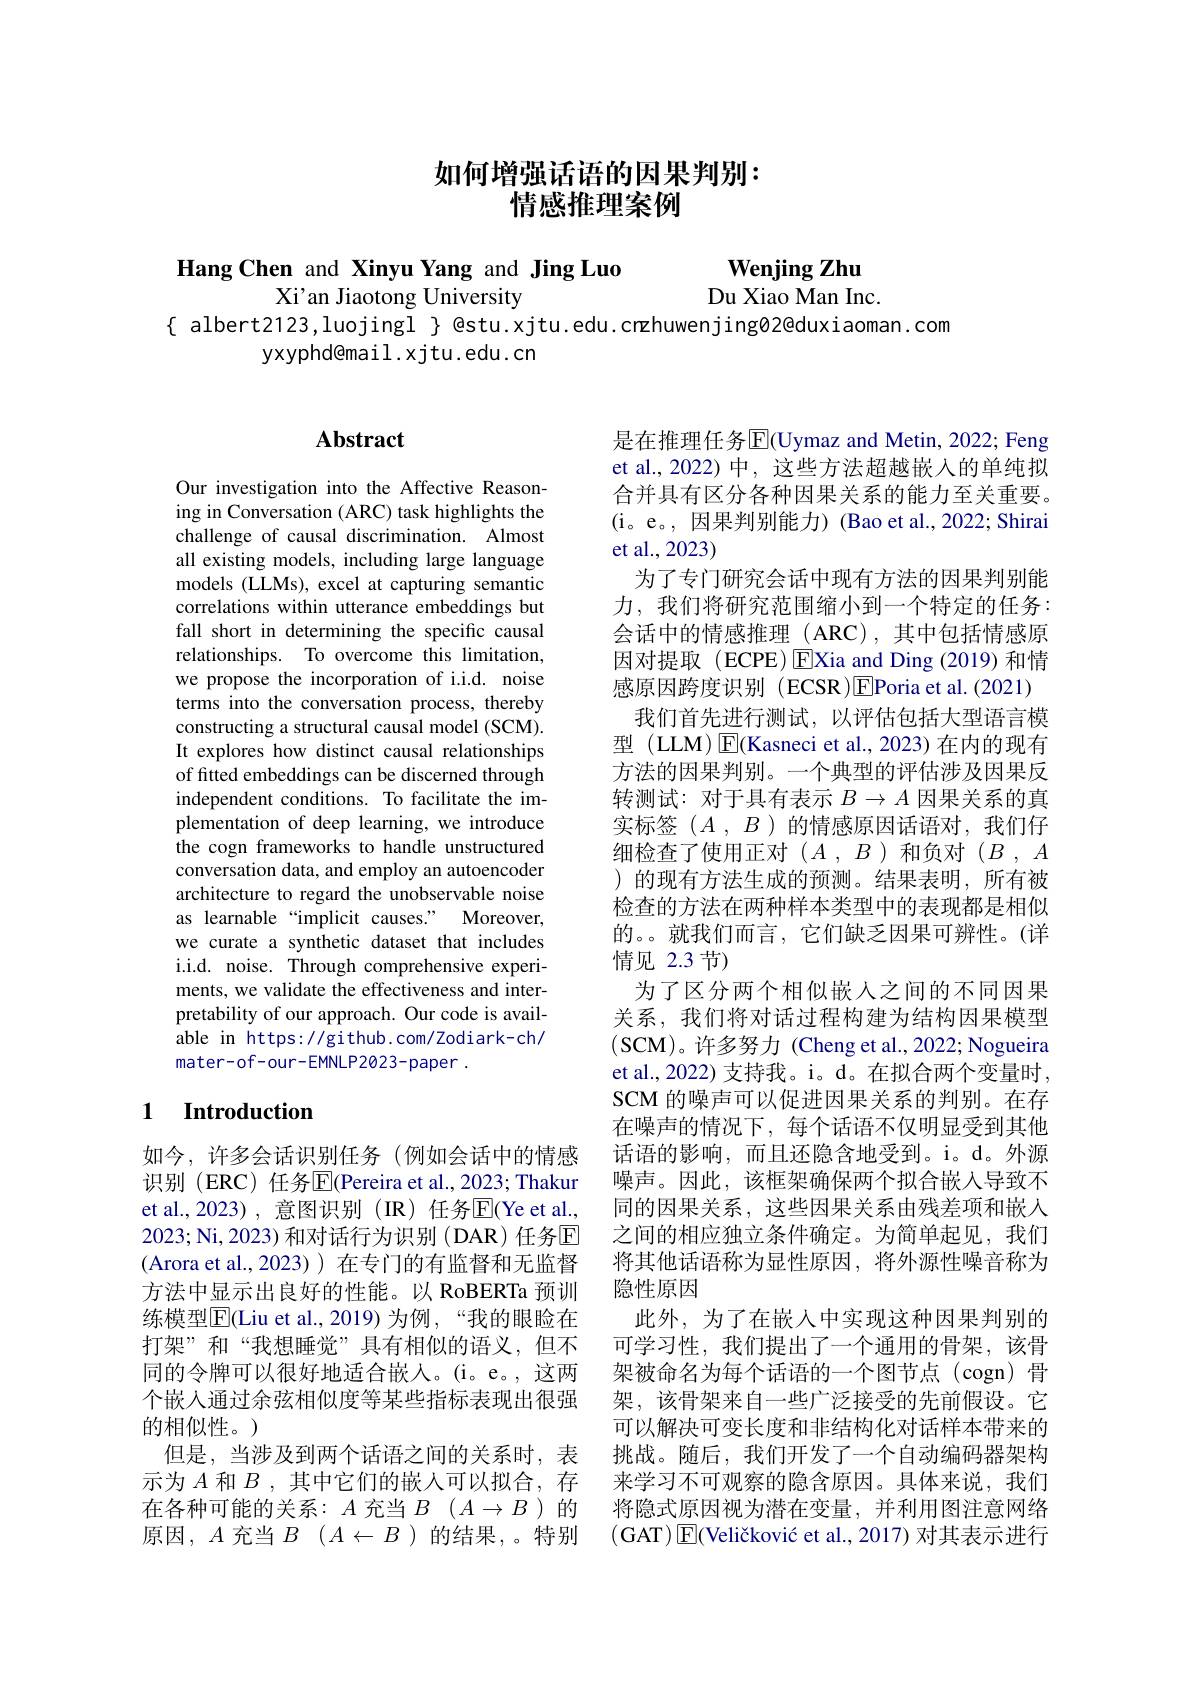
# 如何增强话语的因果判别： 情感推理案例

Wenjing Zhu

Hang Chen and Xinyu Yang and Jing Luo
# Xi'an Jiaotong University

Du Xiao Man Inc.
$\{$ albert2123,luojingl $\}$ @stu.xjtu.edu.crzhuwenjingØ2@duxiaoman.com
yxyphd@mail.xjtu.edu.cn

## Abstract

Our investigation into the Affective Reasoning in Conversation (ARC) task highlights the challenge of causal discrimination. Almost all existing models, including large language models (LLMs), excel at capturing semantic correlations within utterance embeddings but fall short in determining the specific causal relationships. To overcome this limitation, we propose the incorporation of i.i.d. noise terms into the conversation process, thereby constructing a structural causal model (SCM). It explores how distinct causal relationships of fitted embeddings can be discerned through independent conditions. To facilitate the implementation of deep learning, we introduce the cogn frameworks to handle unstructured conversation data, and employ an autoencoder architecture to regard the unobservable noise as learnable “implicit causes.” Moreover, we curate a synthetic dataset that includes i.i.d. noise. Through comprehensive experiments, we validate the effectiveness and interpretability of our approach. Our code is available in https://github.com/Zodiark-ch/ mater-of-our-EMNLP2023-paper.

### 1 $\textbf{Introduction}$

如今，许多会话识别任务(例如会话中的情感识别 (ERC) 任务$\overline{\mathrm{E}}($Pereira et al.,2023;Thakur et al., 2023) , 意图识别 (IR) 任务$\overline{\mathrm{E}}($Ye et al. 2023;Ni,2023)和对话行为识别(DAR)任务☑ (Arora et al.,2023))在专门的有监督和无监督方法中显示出良好的性能。以 RoBERTa 预训练模型$\overline{\mathrm{E}}($Liu et al.,2019)为例，“我的眼睑在打架”和“我想睡觉”具有相似的语义，但不同的令牌可以很好地适合嵌入。(i。e。,这两个嵌人通过余弦相似度等某些指标表现出很强的相似性。)
但是，当涉及到两个话语之间的关系时，表示为$A$ 和$B$ ,其中它们的嵌入可以拟合，存在各种可能的关系：$A$充当$B$ $( A\to B$ )的原因，$A$充当$B(A\leftarrow B)$的结果，。特别

是在推理任务$\overline{\mathrm{E}}$(Uymaz and Metin, 2022; Feng et al.,2022)中，这些方法超越嵌入的单纯拟合并具有区分各种因果关系的能力至关重要。(i。e。,因果判别能力) (Bao et al.,2022; Shirai et al., 2023)
为了专门研究会话中现有方法的因果判别能力，我们将研究范围缩小到一个特定的任务： 会话中的情感推理(ARC),其中包括情感原因对提取(ECPE)EXia and Ding(2019)和情感原因跨度识别 (ECSR)EPoria et al.(2021)
我们首先进行测试，以评估包括大型语言模型 (LLM) $\operatorname{E}($Kasneci et al.,2023) 在内的现有方法的因果判别。一个典型的评估涉及因果反转测试：对于具有表示$B\to A$因果关系的真实标签$( A$ , $B$ )的情感原因话语对，我们仔细检查了使用正对($A,B$)和负对($B,A$ )的现有方法生成的预测。结果表明，所有被检查的方法在两种样本类型中的表现都是相似的。。就我们而言，它们缺乏因果可辨性。(详情见 2.3 节)
为了区分两个相似嵌人之间的不同因果关系，我们将对话过程构建为结构因果模型(SCM)。许多努力 (Cheng et al., 2022; Nogueira et al., 2022) 支持我。i。d。在拟合两个变量时， SCM 的噪声可以促进因果关系的判别。在存在噪声的情况下，每个话语不仅明显受到其他话语的影响，而且还隐含地受到。i。d。外源噪声。因此，该框架确保两个拟合嵌入导致不同的因果关系，这些因果关系由残差项和嵌入之间的相应独立条件确定。为简单起见，我们将其他话语称为显性原因，将外源性噪音称为隐性原因
此外，为了在嵌入中实现这种因果判别的可学习性，我们提出了一个通用的骨架，该骨架被命名为每个话语的一个图节点(cogn)骨架，该骨架来自一些广泛接受的先前假设。它可以解决可变长度和非结构化对话样本带来的挑战。随后，我们开发了一个自动编码器架构来学习不可观察的隐含原因。具体来说，我们将隐式原因视为潜在变量，并利用图注意网络(GAT) E(Veličković et al., 2017) 对其表示进行